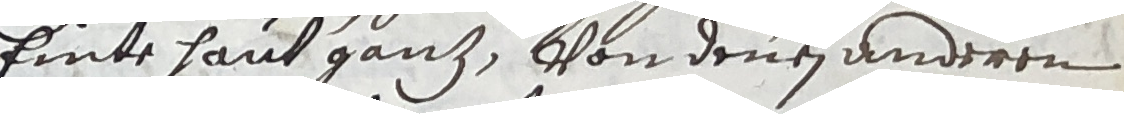
einte haus ganz, von denen anderen